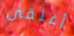
أغلقى